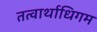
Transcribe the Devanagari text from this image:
तत्वार्थाधिगम